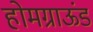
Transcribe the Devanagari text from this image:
होमग्राऊंड